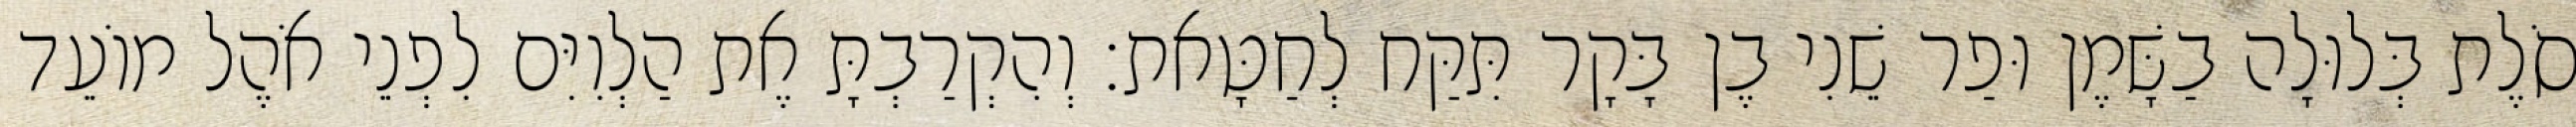
סֹלֶת בְּלוּלָה בַשָּׁמֶן וּפַר שֵׁנִי בֶן בָּקָר תִּקַּח לְחַטָּאת׃ וְהִקְרַבְתָּ אֶת הַלְוִיִּם לִפְנֵי אֹהֶל מוֹעֵד